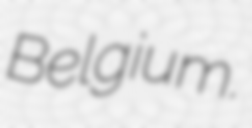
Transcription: Belgium.